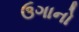
ઉગાનો